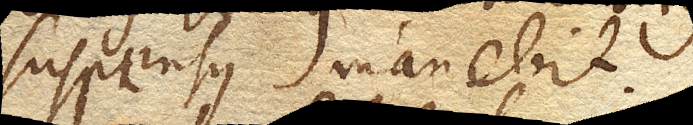
suspensus manebit.